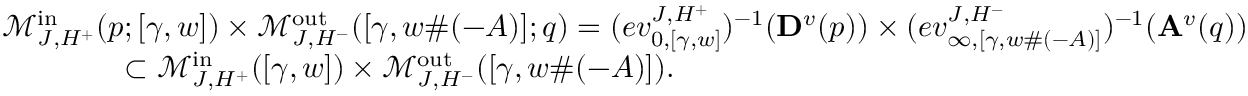
\begin{array} { r l } & { \mathcal { M } _ { J , H ^ { + } } ^ { \mathrm { i n } } ( p ; [ \gamma , w ] ) \times \mathcal { M } _ { J , H ^ { - } } ^ { \mathrm { o u t } } ( [ \gamma , w \# ( - A ) ] ; q ) = ( e v _ { 0 , [ \gamma , w ] } ^ { J , H ^ { + } } ) ^ { - 1 } ( \mathbf { D } ^ { v } ( p ) ) \times ( e v _ { \infty , [ \gamma , w \# ( - A ) ] } ^ { J , H ^ { - } } ) ^ { - 1 } ( \mathbf { A } ^ { v } ( q ) ) } \\ & { \qquad \qquad \subset \mathcal { M } _ { J , H ^ { + } } ^ { \mathrm { i n } } ( [ \gamma , w ] ) \times \mathcal { M } _ { J , H ^ { - } } ^ { \mathrm { o u t } } ( [ \gamma , w \# ( - A ) ] ) . } \end{array}